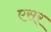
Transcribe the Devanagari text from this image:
एसर्